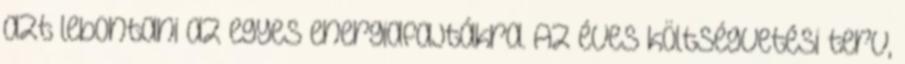
azt lebontani az egyes energiafajtákra. Az éves költségvetési terv,